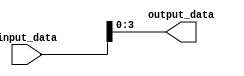
module bit_select_assign(
    input [7:0] input_data, // Input signal with 8 bits
    output [3:0] output_data // Output signal with 4 bits
);

assign output_data = input_data[3:0]; // Assigning bits 3 to 0 from input_data to output_data

endmodule